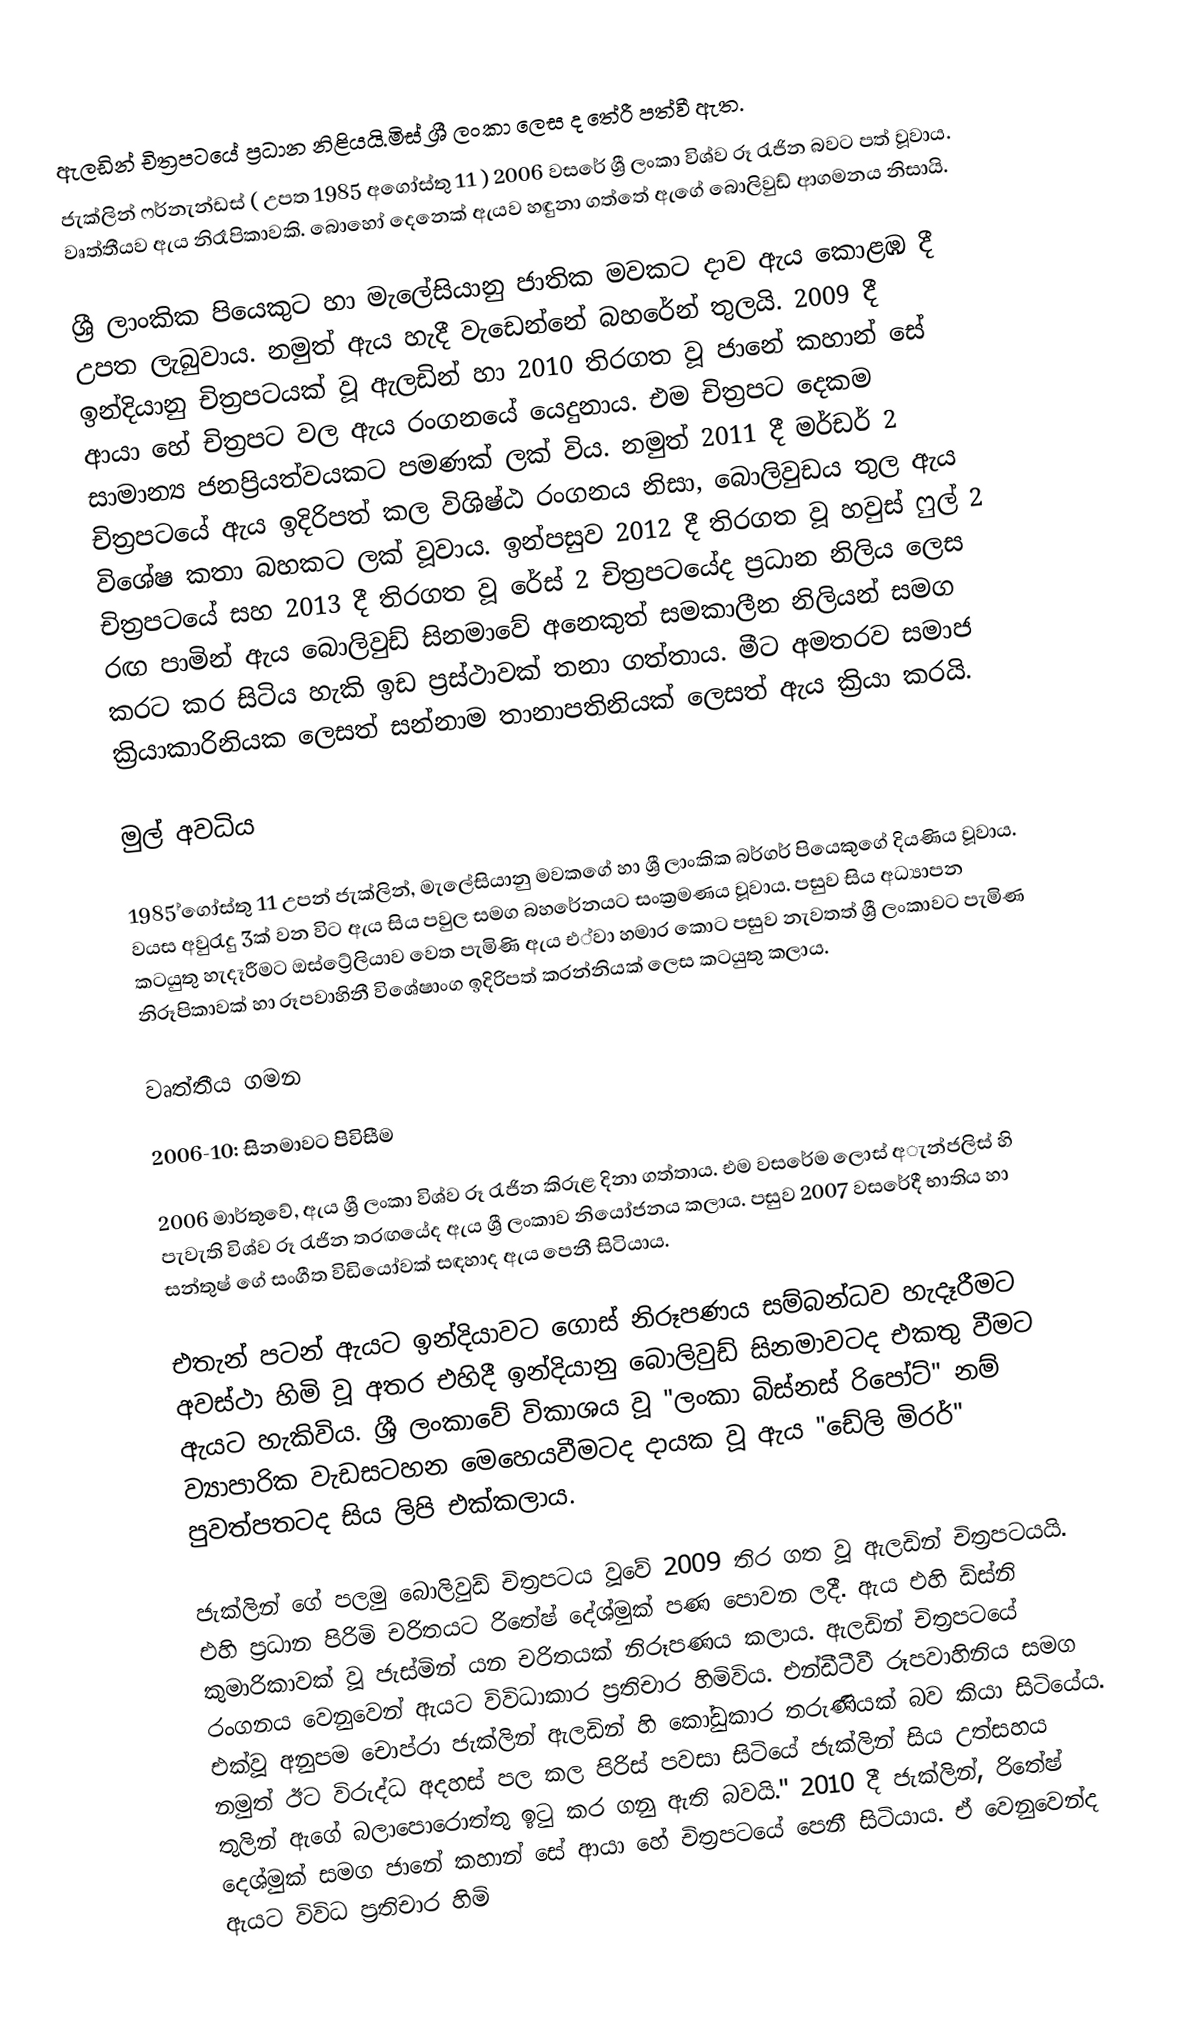
ඇලඩින් චිත්‍රපටයේ ප්‍රධාන නිළියයි.මිස් ශ්‍රී ලංකා ලෙස ද තේරී පත්වී ඇත.
ජැක්ලින් ෆර්නැන්ඩස් ( උපත 1985 අගෝස්තු 11 )   2006  වසරේ ශ්‍රී ලංකා විශ්ව රූ රැජින බවට පත් වූවාය. වෘත්තීයව ඇය නිරෑපිකාවකි. බොහෝ දෙනෙක් ඇයව හඳුනා ගත්තේ ඇගේ  බොලිවුඩ් ආගමනය නිසායි.

ශ්‍රී ලාංකික පියෙකුට හා මැලේසියානු ජාතික මවකට දාව ඇය කොළඹ දී උපත ලැබුවාය. නමුත් ඇය හැදී වැඩෙන්නේ  බහරේන් තුලයි. 2009 දී ඉන්දියානු චිත්‍රපටයක් වූ ඇලඩින් හා 2010 තිරගත වූ ජානේ කහාන් සේ ආයා හේ චිත්‍රපට වල ඇය රංගනයේ යෙදුනාය. එම චිත්‍රපට දෙකම සාමාන්‍ය ජනප්‍රියත්වයකට පමණක් ලක් විය. නමුත් 2011 දී මර්ඩර් 2 චිත්‍රපටයේ ඇය ඉදිරිපත් කල විශිෂ්ඨ රංගනය නිසා, බොලිවුඩය තුල ඇය විශේෂ කතා බහකට ලක් වූවාය. ඉන්පසුව 2012 දී තිරගත වූ හවුස් ෆුල් 2 චිත්‍රපටයේ සහ 2013 දී තිරගත වූ රේස් 2 චිත්‍රපටයේද ප්‍රධාන නිලිය ලෙස රඟ පාමින් ඇය බොලිවුඩ් සිනමාවේ අනෙකුත් සමකාලීන නිලියන් සමග කරට කර සිටිය හැකි ඉඩ ප්‍රස්ථාවක් තනා ගත්තාය. මීට අමතරව සමාජ ක්‍රියාකාරිනියක ලෙසත් සන්නාම තානාපතිනියක් ලෙසත් ඇය ක්‍රියා කරයි.

මුල් අවධිය

1985 ්ගෝස්තු 11 උපන් ජැක්ලින්, මැලේසියානු මවකගේ හා ශ්‍රී ලාංකික බර්ගර් පියෙකුගේ   දියණිය වූවාය. වයස අවුරැදු 3ක් වන විට ඇය සිය පවුල සමග බහරේනයට සංක්‍රමණය වූවාය.  පසුව සිය අධ්‍යාපන කටයුතු හැදෑරීමට ඔස්ට්‍රේලියාව වෙත පැමිණි ඇය එ්වා හමාර කොට පසුව නැවතත් ශ්‍රී ලංකාවට පැමිණ නිරූපිකාවක් හා රූපවාහිනී විශේෂාංග ඉදිරිපත් කරන්නියක් ලෙස කටයුතු කලාය.

වෘත්තීය ගමන

2006-10: සිනමාවට පිවිසීම

2006 මාර්තුවේ, ඇය ශ්‍රී ලංකා විශ්ව රූ රැජින කිරුළ දිනා ගත්තාය. එම වසරේම ලොස් අැන්ජලිස් හි පැවැති විශ්ව රූ රැජින තරඟයේද ඇය ශ්‍රී ලංකාව නියෝජනය කලාය. පසුව 2007 වසරේදී භාතිය හා සන්තුෂ් ගේ සංගීත විඩියෝවක් සඳහාද ඇය පෙනී සිටියාය.

එතැන් පටන් ඇයට ඉන්දියාවට ගොස් නිරූපණය සම්බන්ධව හැදෑරීමට අවස්ථා හිමි වූ අතර එහිදී ඉන්දියානු බොලිවුඩ් සිනමාවටද එකතු වීමට ඇයට හැකිවිය. ශ්‍රී ලංකාවේ විකාශය වූ "ලංකා බිස්නස් රිපෝට්" නම් ව්‍යාපාරික වැඩසටහන මෙහෙයවීමටද දායක වූ ඇය "ඩේලි මිරර්" පුවත්පතටද සිය ලිපි එක්කලාය.

ජැක්ලින් ගේ පලමු බොලිවුඩ් චිත්‍රපටය වූවේ 2009 තිර ගත වූ ඇලඩින් චිත්‍රපටයයි. එහි ප්‍රධාන පිරිමි චරිතයට රිතේෂ් දේශ්මුක් පණ පොවන ලදී. ඇය එහි ඩිස්නි කුමාරිකාවක් වූ ජැස්මින් යන චරිතයක් නිරූපණය කලාය. ඇලඩින් චිත්‍රපටයේ රංගනය වෙනුවෙන් ඇයට විවිධාකාර ප්‍රතිචාර හිමිවිය. එන්ඩීටීවී රූපවාහිනිය සමග එක්වූ අනුපම චොප්රා ජැක්ලින් ඇලඩින් හි කෝඩුකාර තරුණියක් බව කියා සිටියේය. නමුත් ඊට විරුද්ධ අදහස් පල කල පිරිස් පවසා සිටියේ ජැක්ලින් සිය උත්සහය තුලින් ඇගේ බලාපොරොත්තු ඉටු කර ගනු ඇති බවයි."  2010 දී ජැක්ලින්, රිතේෂ් දෙශ්මුක් සමග ජානේ කහාන් සේ ආයා හේ චිත්‍රපටයේ පෙනී සිටියාය. ඒ වෙනුවෙන්ද ඇයට විවිධ ප්‍රතිචාර හිමි